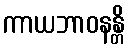
ကာယဘာဝနန္တိ